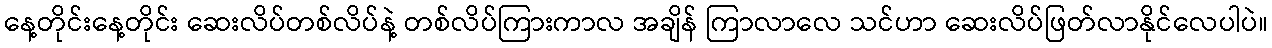
နေ့တိုင်းနေ့တိုင်း ဆေးလိပ်တစ်လိပ်နဲ့ တစ်လိပ်ကြားကာလ အချိန် ကြာလာလေ သင်ဟာ ဆေးလိပ်ဖြတ်လာနိုင်လေပါပဲ။